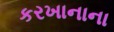
કરખાનાના